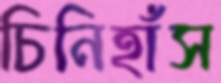
চিনিহাঁস